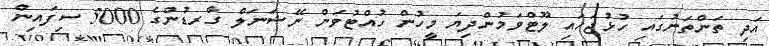
އަދި ތަންތަނުގައި ހުޅުޖަހައި ލޫޓްވަމުންދިޔަ މީހުން ހުއްޓުވަން ނޭޝަނަލް ގާރޑުންގެ 5000 ސިފައިން